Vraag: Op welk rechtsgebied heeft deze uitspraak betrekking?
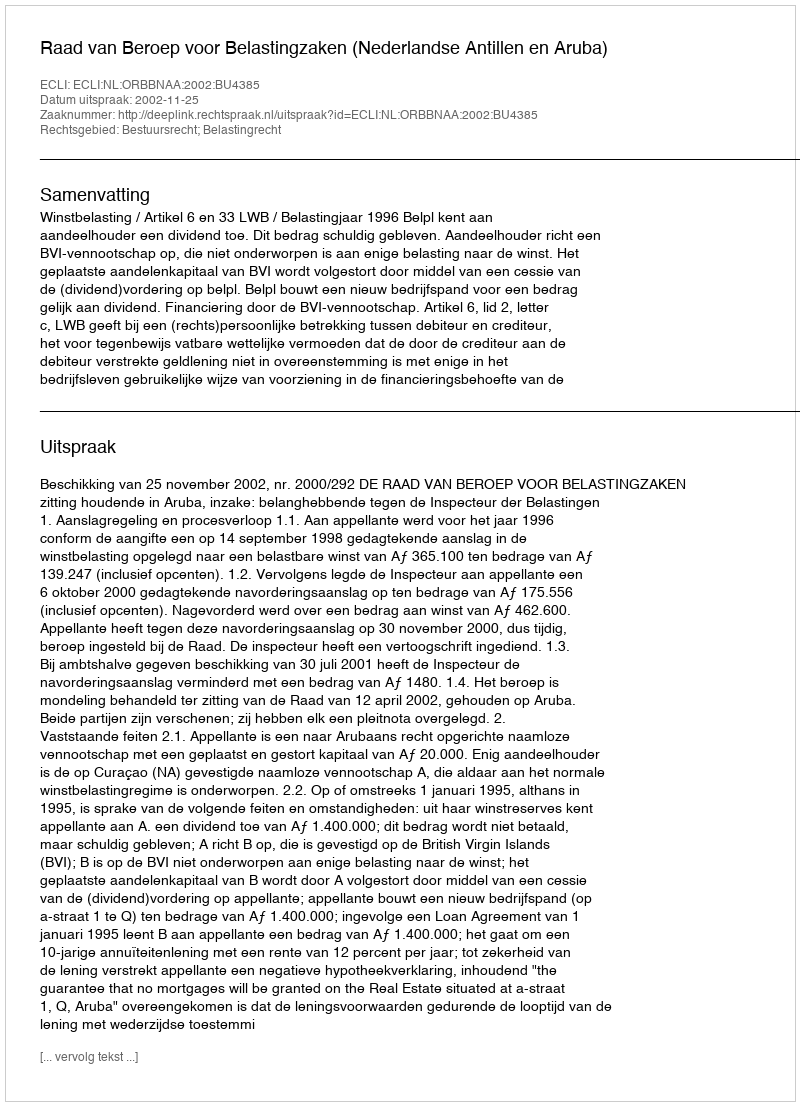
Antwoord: Bestuursrecht; Belastingrecht